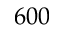
6 0 0